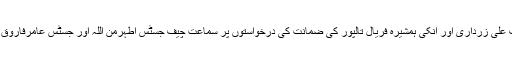
میگا منی لانڈرنگ اور پارک لین کیسز میں سابق صدر آصف علی زرداری اور انکی ہمشیرہ فریال تالپور کی ضمانت کی درخواستوں پر سماعت چیف جسٹس اطہرمن اللہ اور جسٹس عامرفاروق پر مشتمل اسلام آباد ہائی کورٹ کے خصوصی بنچ نے کی ۔